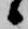
候